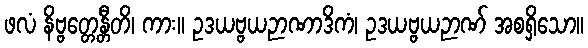
ဖလံ နိဗ္ဗတ္တေန္တီတိ၊ ကား။ ဥဒယဗ္ဗယဉာဏာဒိကံ၊ ဥဒယဗ္ဗယဉာဏ် အစရှိသော။